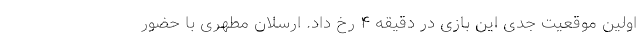
اولین موقعیت جدی این بازی در دقیقه ۴ رخ داد. ارسلان مطهری با حضور